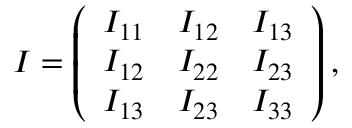
\begin{array} { r } { I = \left( \begin{array} { c c c } { I _ { 1 1 } } & { I _ { 1 2 } } & { I _ { 1 3 } } \\ { I _ { 1 2 } } & { I _ { 2 2 } } & { I _ { 2 3 } } \\ { I _ { 1 3 } } & { I _ { 2 3 } } & { I _ { 3 3 } } \end{array} \right) , } \end{array}